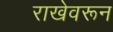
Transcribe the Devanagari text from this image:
राखेवरून